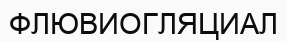
ФЛЮВИОГЛЯЦИАЛ